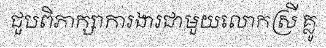
ជួបពិភាក្សាការងារជាមួយលោកស្រី គ្លូ